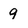
Character: 9